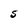
Character: S